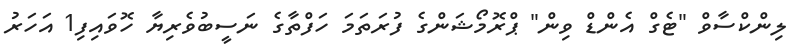
ލިންކްސާވް "ޓެގް އެންޑް ވިން" ޕްރޮމޯޝަންގެ ފުރަތަމަ ހަފްތާގެ ނަސީބުވެރިޔާ ހޮވައިފި1 އަހަރު